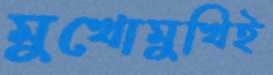
মুখোমুখিই